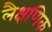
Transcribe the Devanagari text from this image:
लैक्षणिक